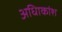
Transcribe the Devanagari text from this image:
अधिाकांश